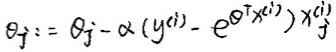
$\theta_{j}:=\theta_{j}-\alpha\left(y^{(i)}-\mathrm{e}^{\Theta^{\top} x^{(i)}}\right) x_{j}^{(i)}$